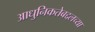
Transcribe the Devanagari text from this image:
आधुनिकतेबद्दलच्या